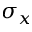
\sigma _ { x }